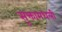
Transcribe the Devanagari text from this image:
सूक्तामधली